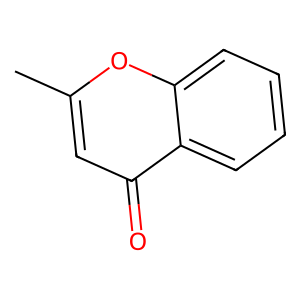
SMILES: Cc1cc(=O)c2ccccc2o1
Inhibits HIV replication: No